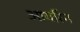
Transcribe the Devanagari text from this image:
आयरिंग